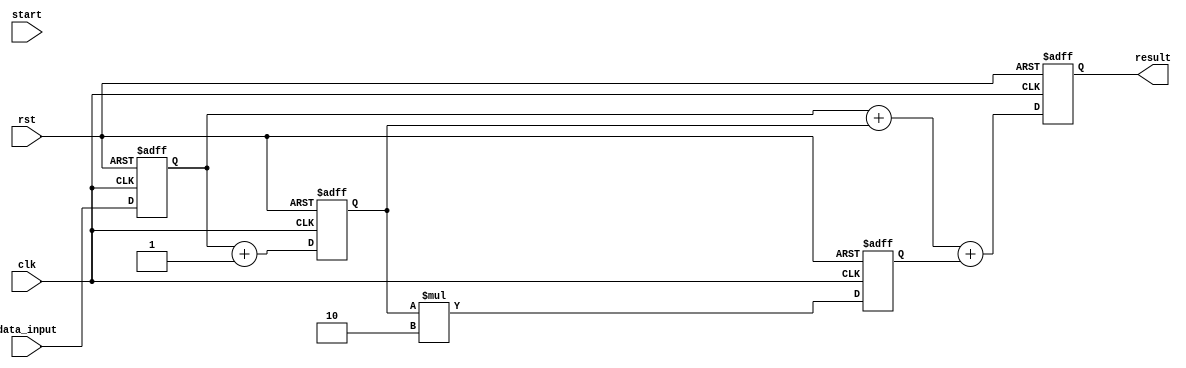
module PipelineAccumulator (
    input wire clk,
    input wire rst,
    input wire start,
    input wire [31:0] data_input,
    output reg [31:0] result
);

reg [31:0] reg_stage1;
reg [31:0] reg_stage2;
reg [31:0] reg_stage3;

always @(posedge clk or posedge rst) begin
    if (rst) begin
        reg_stage1 <= 32'd0;
        reg_stage2 <= 32'd0;
        reg_stage3 <= 32'd0;
        result <= 32'd0;
    end else begin
        reg_stage1 <= data_input;
        reg_stage2 <= reg_stage1 + 1; // Example: addition operation
        reg_stage3 <= reg_stage2 * 2; // Example: multiplication operation
        result <= reg_stage1 + reg_stage2 + reg_stage3;
    end
end

endmodule